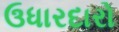
ઉધારદારો